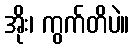
အိုး၊ ကွက်တိပဲ။